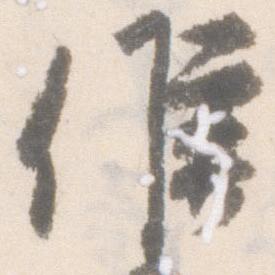
候